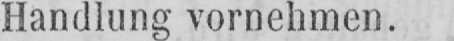
Handlung vornehmen.